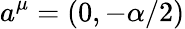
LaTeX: a^{\mu}=(0,-\alpha/2)